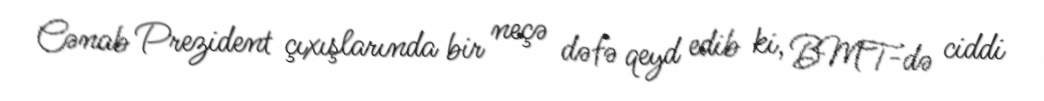
Cənab Prezident çıxışlarında bir neçə dəfə qeyd edib ki, BMT-də ciddi